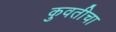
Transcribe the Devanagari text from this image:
कुवतीचा